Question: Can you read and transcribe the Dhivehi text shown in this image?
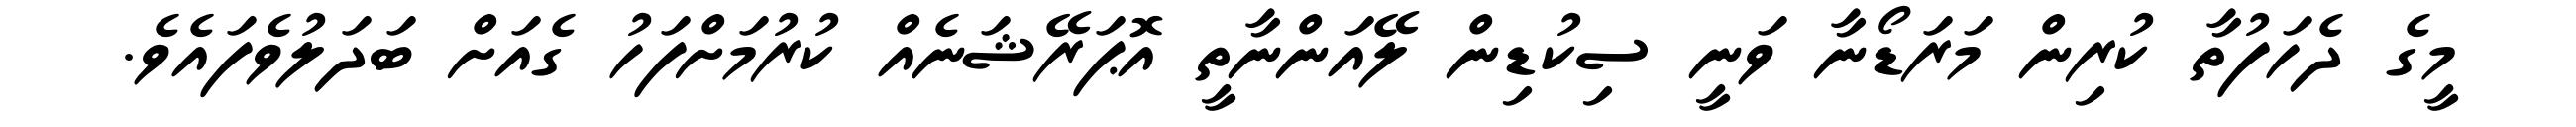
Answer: މީގެ ދެހަފުތާ ކުރިން މަރަޑޯނާ ވަނީ ސިކުޑިން ލޭއަންނާތީ އޮޕަރޭޝަނެއް ކުރުމަށްފަހު ގެއަށް ބަދަލުވެފައެވެ.